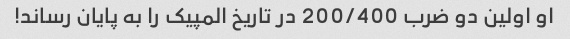
او اولین دو ضرب 200/400 در تاریخ المپیک را به پایان رساند!